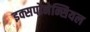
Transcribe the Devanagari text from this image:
इक्सपोनेन्सियल